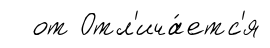
от Отл'ича́етс'я